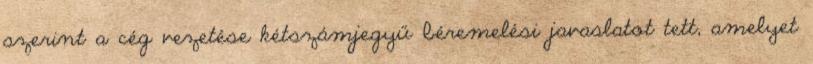
szerint a cég vezetése kétszámjegyű béremelési javaslatot tett, amelyet